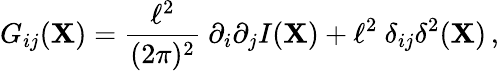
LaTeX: G_{ij}(\mathbf{X})=\frac{{\ell^{2}}}{{(2\pi)^{2}}}\ \partial_{i}\partial_{j}I(\mathbf{X})+\ell^{2}\ \delta_{ij}\delta^{2}(\mathbf{X})\, ,